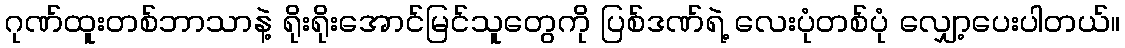
ဂုဏ်ထူးတစ်ဘာသာနဲ့ ရိုးရိုးအောင်မြင်သူတွေကို ပြစ်ဒဏ်ရဲ့ လေးပုံတစ်ပုံ လျှော့ပေးပါတယ်။